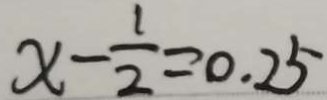
x - \frac { 1 } { 2 } = 0 . 2 5